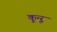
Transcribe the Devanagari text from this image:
कून्‍ूर